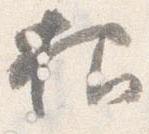
抑